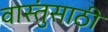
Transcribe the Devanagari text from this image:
वास्तुंसाठी